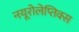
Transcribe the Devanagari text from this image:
नयूरोलेप्तिक्स